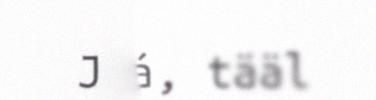
Jáá, tääl